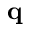
\mathbf { q }